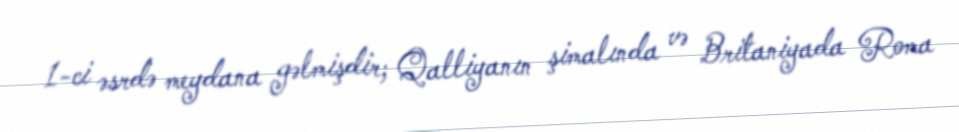
1-ci əsrdə meydana gəlmişdir; Qalliyanın şimalında və Britaniyada Roma